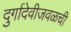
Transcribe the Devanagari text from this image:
दुर्गादेवीजवळची